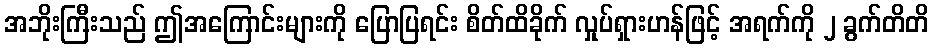
အဘိုးကြီးသည် ဤအကြောင်းများကို ပြောပြရင်း စိတ်ထိခိုက် လှုပ်ရှားဟန်ဖြင့် အရက်ကို ၂ ခွက်တိတိ